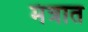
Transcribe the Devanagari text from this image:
मंत्रात